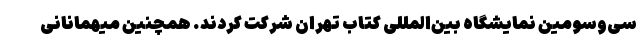
سی‌وسومین نمایشگاه بین‌المللی کتاب تهران شرکت کردند. همچنین میهمانانی